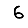
Digit: 6